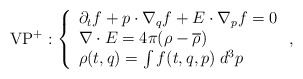
\begin{align*}\textrm{VP}^+: \left\{ \begin{array}{l} \partial_t f + p\cdot \nabla_q f + E\cdot\nabla_p f = 0\\\nabla\cdot E = 4 \pi (\rho - \overline{\rho})\\\rho(t,q) = \int f(t,q,p)\;d^3p \end{array}\right. ,\end{align*}